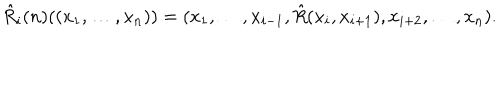
\hat { R } _ { i } ( n ) ( ( x _ { 1 } , \ldots , x _ { n } ) ) = ( x _ { 1 } , \ldots , x _ { i - 1 } , \hat { R } ( x _ { i } , x _ { i + 1 } ) , x _ { i + 2 } , \ldots , x _ { n } ) .